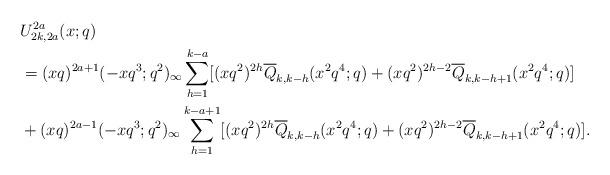
LaTeX: \begin{align*}&U^{2a}_{2k,2a}(x;q)\\&=(xq)^{2a+1}(-xq^3;q^2)_\infty\sum_{h=1}^{k-a}[(xq^2)^{2h}\overline{Q}_{k,k-h}(x^2q^4;q)+(xq^2)^{2h-2}\overline{Q}_{k,k-h+1}(x^2q^4;q)]\\&+(xq)^{2a-1}(-xq^3;q^2)_\infty\sum_{h=1}^{k-a+1}[(xq^2)^{2h}\overline{Q}_{k,k-h}(x^2q^4;q)+(xq^2)^{2h-2}\overline{Q}_{k,k-h+1}(x^2q^4;q)].\end{align*}